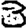
Digit: 3